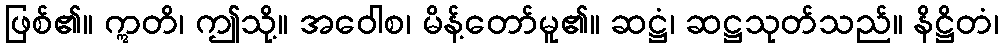
ဖြစ်၏။ ဣတိ၊ ဤသို့။ အဝေါစ၊ မိန့်တော်မူ၏။ ဆဋ္ဌံ၊ ဆဋ္ဌသုတ်သည်။ နိဋ္ဌိတံ၊